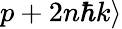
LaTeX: p+2n\hbar k\rangle